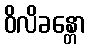
ဝိလိခန္တော